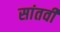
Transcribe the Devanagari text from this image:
सांतवीं